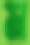
ম